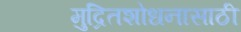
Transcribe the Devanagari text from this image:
मुद्रितशोधनासाठी